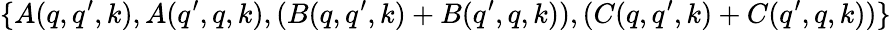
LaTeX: \{ A(q,q^{\prime},k),A(q^{\prime},q,k),(B(q,q^{\prime},k)+B(q^{\prime},q,k)),(C(q,q^{\prime},k)+C(q^{\prime},q,k))\}